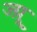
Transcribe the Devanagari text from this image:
ज्य़ू